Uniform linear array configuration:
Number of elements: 32
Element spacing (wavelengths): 0.5
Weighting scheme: hamming
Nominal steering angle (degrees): -30
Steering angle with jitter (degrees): -28.52
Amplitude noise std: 0.05
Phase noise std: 0.05

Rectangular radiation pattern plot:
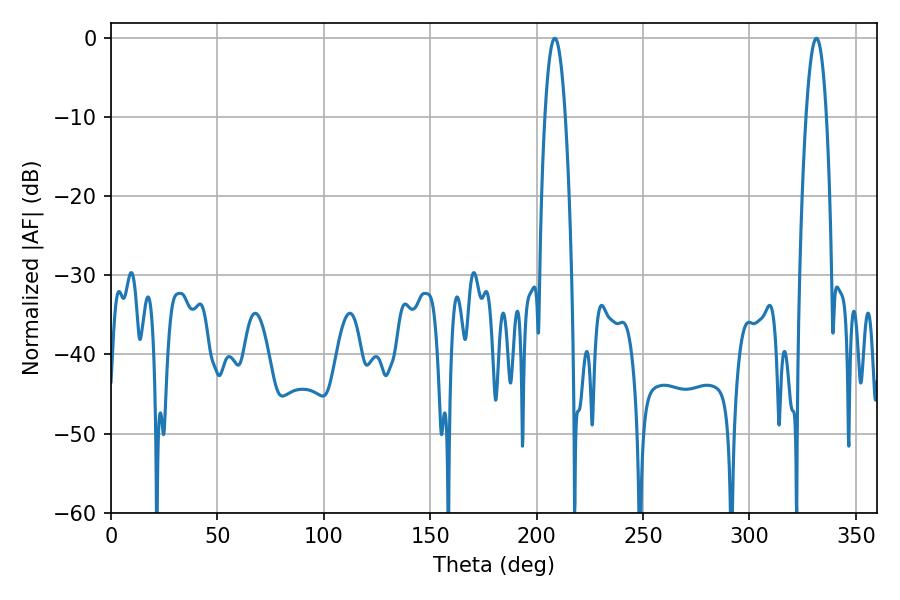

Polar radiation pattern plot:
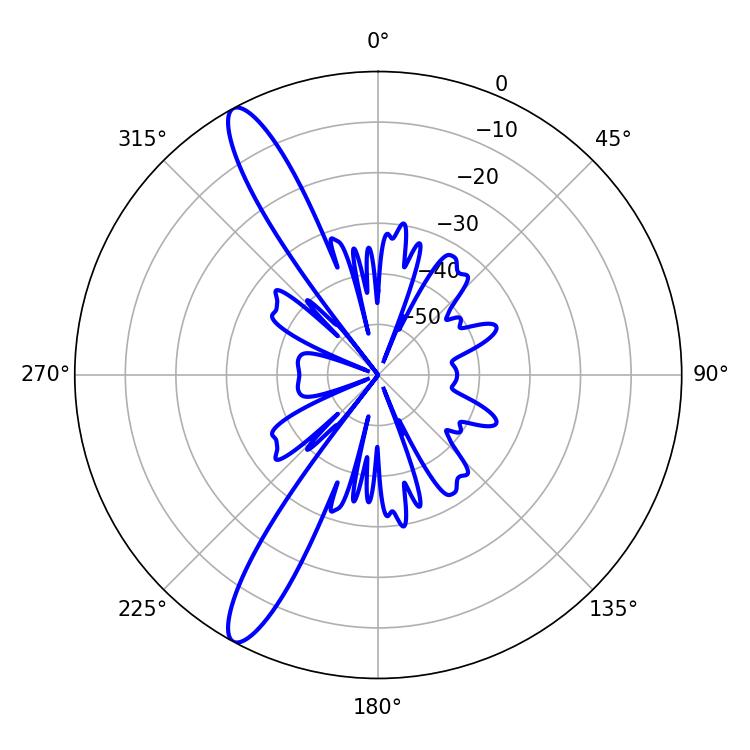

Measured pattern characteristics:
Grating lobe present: FALSE
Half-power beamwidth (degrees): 5.22
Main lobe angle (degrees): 208.44